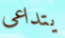
يتداعى